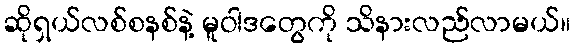
ဆိုရှယ်လစ်စနစ်နဲ့ မူဝါဒတွေကို သိနားလည်လာမယ်။